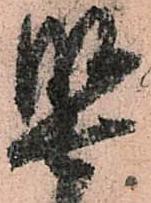
堅